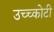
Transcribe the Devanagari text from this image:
उच्च्कोटी